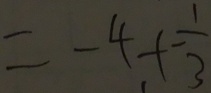
= - 4 + - \frac { 1 } { 3 }